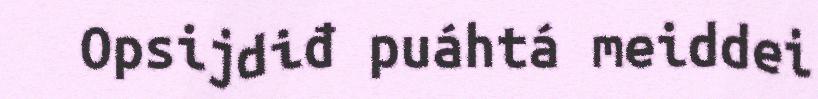
Opsijdiđ puáhtá meiddei